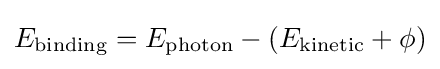
E_{\text{binding}}=E_{\text{photon}}-\left(E_{\text{kinetic}}+\phi \right)